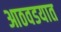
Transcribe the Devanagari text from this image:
आठवडयात